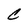
Character: C